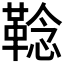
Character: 𩋏